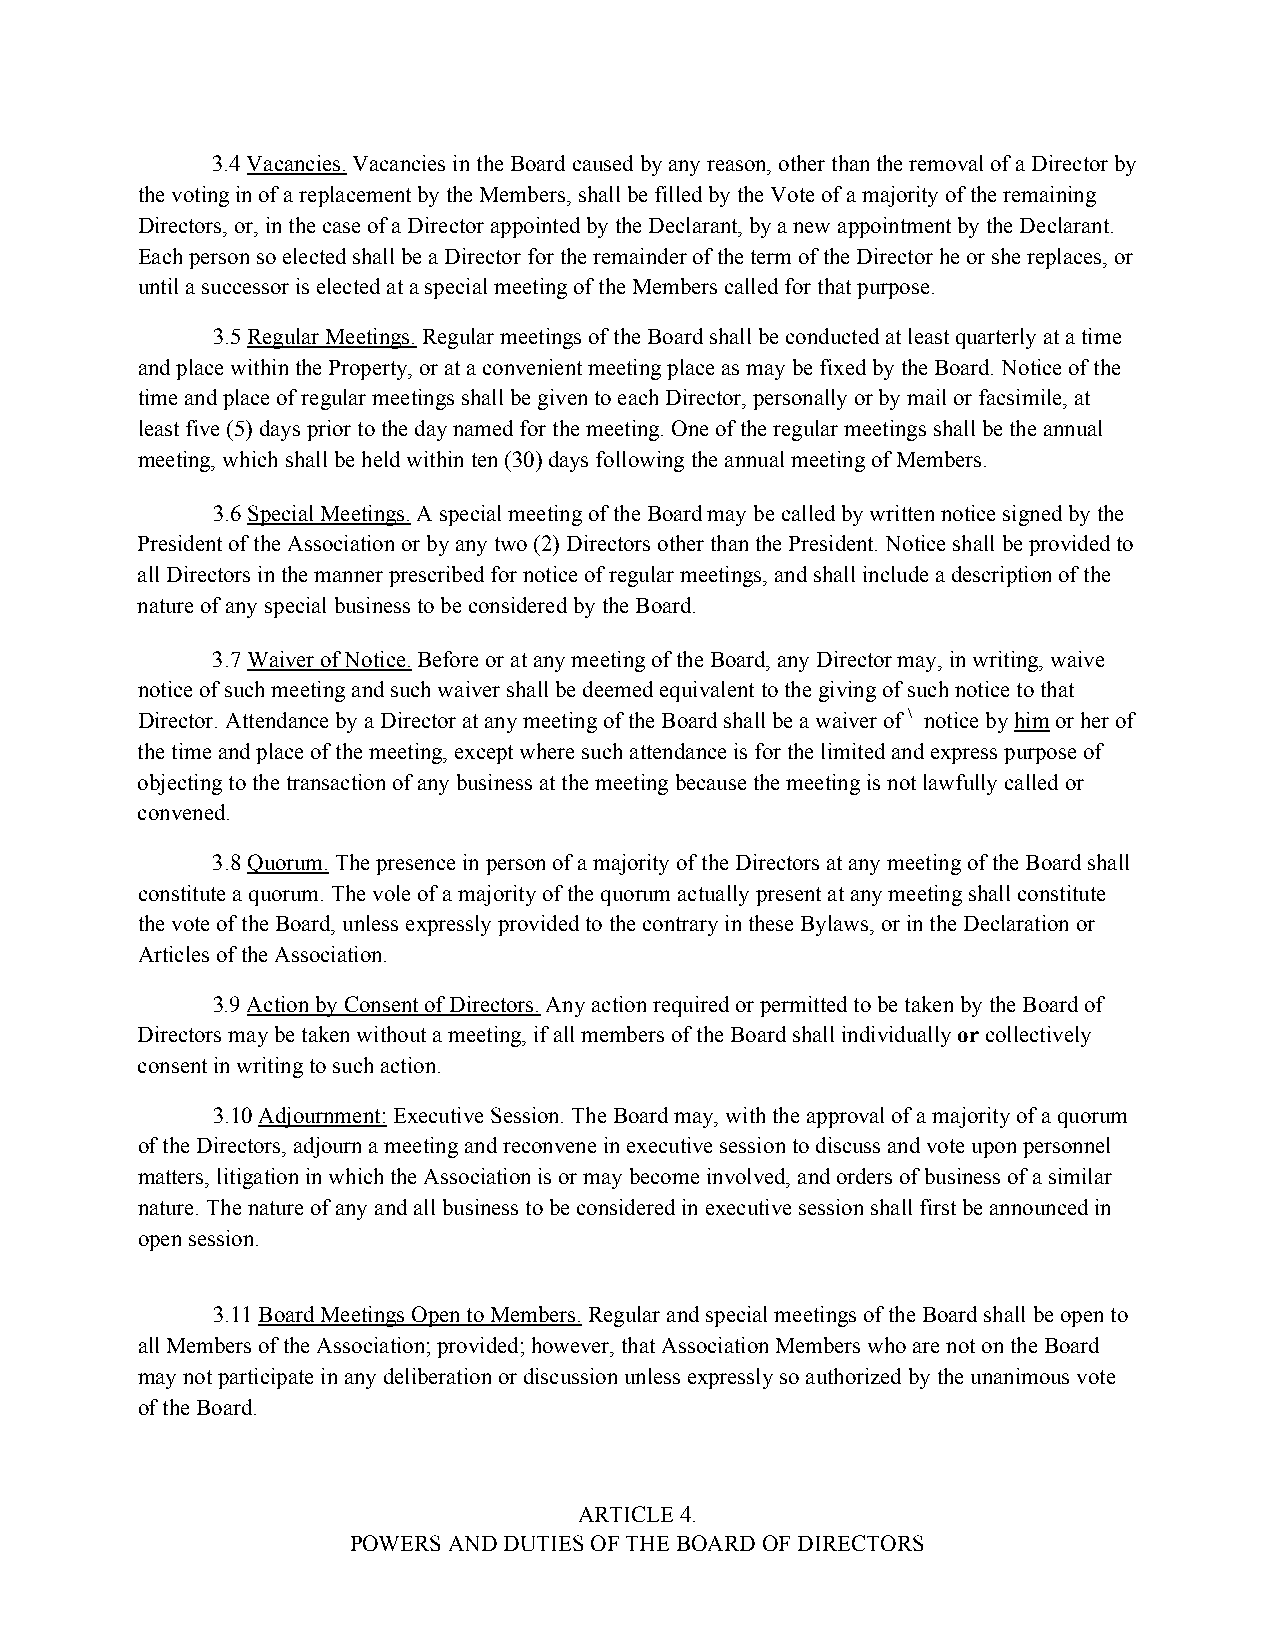
3.4 Vacancies. Vacancies in the Board caused by any reason, other than the removal of a Director by
 the voting in of a replacement by the Members, shall be filled by the Vote of a majority of the remaining
 Directors, or, in the case of a Director appointed by the Declarant, by a new appointment by the Declarant.
 Each person so elected shall be a Director for the remainder of the term of the Director he or she replaces, or
 until a successor is elected at a special meeting of the Members called for that purpose.
 3.5 Regular Meetings. Regular meetings of the Board shall be conducted at least quarterly at a time
 and place within the Property, or at a convenient meeting place as may be fixed by the Board. Notice of the
 time and place of regular meetings shall be given to each Director, personally or by mail or facsimile, at
 least five (5) days prior to the day named for the meeting. One of the regular meetings shall be the annual
 meeting, which shall be held within ten (30) days following the annual meeting of Members.
 3.6 Special Meetings. A special meeting of the Board may be called by written notice signed by the
 President of the Association or by any two (2) Directors other than the President. Notice shall be provided to
 all Directors in the manner prescribed for notice of regular meetings, and shall include a description of the
 nature of any special business to be considered by the Board.
 3.7 Waiver of Notice. Before or at any meeting of the Board, any Director may, in writing, waive
 notice of such meeting and such waiver shall be deemed equivalent to the giving of such notice to that
 Director. Attendance by a Director at any meeting of the Board shall be a waiver of \ notice by him or her of
 the time and place of the meeting, except where such attendance is for the limited and express purpose of
 objecting to the transaction of any business at the meeting because the meeting is not lawfully called or
 convened.
 3.8 Quorum. The presence in person of a majority of the Directors at any meeting of the Board shall
 constitute a quorum. The vole of a majority of the quorum actually present at any meeting shall constitute
 the vote of the Board, unless expressly provided to the contrary in these Bylaws, or in the Declaration or
 Articles of the Association.
 3.9 Action by Consent of Directors. Any action required or permitted to be taken by the Board of
 Directors may be taken without a meeting, if all members of the Board shall individually or collectively
 consent in writing to such action.
 3.10 Adjournment: Executive Session. The Board may, with the approval of a majority of a quorum
 of the Directors, adjourn a meeting and reconvene in executive session to discuss and vote upon personnel
 matters, litigation in which the Association is or may become involved, and orders of business of a similar
 nature. The nature of any and all business to be considered in executive session shall first be announced in
 open session.
 3.11 Board Meetings Open to Members. Regular and special meetings of the Board shall be open to
 all Members of the Association; provided; however, that Association Members who are not on the Board
 may not participate in any deliberation or discussion unless expressly so authorized by the unanimous vote
 of the Board.
 ARTICLE 4.
 POWERS AND DUTIES OF THE BOARD OF DIRECTORS